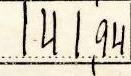
141,94